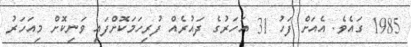
1985 ގައެވެ. އެއަށް ފަހު 31 އަހަރުގެ ދައުރެއް ފުރިހަމަކޮށްފައި ވަނިކޮށް މިއަހަރު